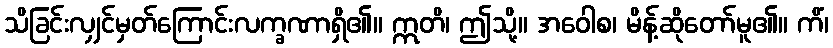
သိခြင်းလျှင်မှတ်ကြောင်းလက္ခဏာရှိ၏။ ဣတိ၊ ဤသို့။ အဝေါစ၊ မိန့်ဆိုတော်မူ၏။ ကိံ၊